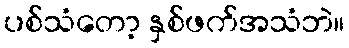
ပစ်သံတော့ နှစ်ဖက်အသံဘဲ။